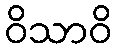
ဝိသာဝိ